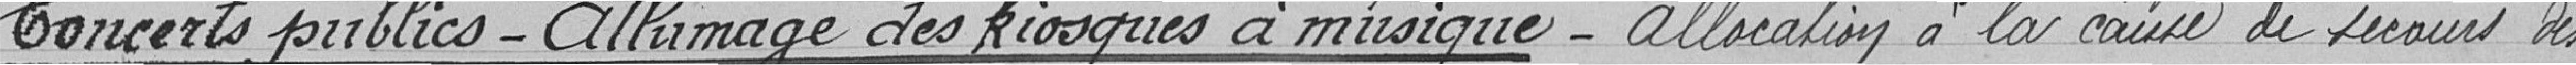
Concerts publics-Allumage des kiosques à musique-Allocation à la caisse de secours des